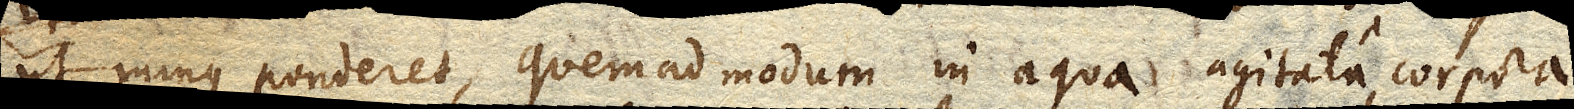
ut minus ponderet, quemadmodum in aqua agitata corpora,